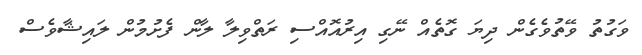
ވަގުތު ވޭތުވެގެން ދިޔަ ގޮތެއް ނޭގި އިރުއޮއްސި ރަތްވިލާ ލާން ފެށުމުން ލައިޝާވެސް